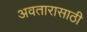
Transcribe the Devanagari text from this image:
अवतारासाठी